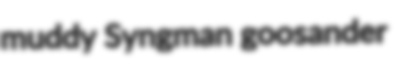
muddy Syngman goosander